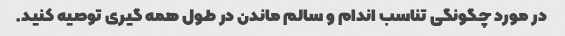
در مورد چگونگی تناسب اندام و سالم ماندن در طول همه گیری توصیه کنید.